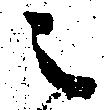
之